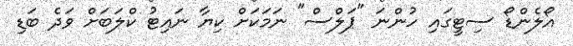
އޯލެންޑޯ ސިޓީގައި ހުންނަ "ޕަލްސް" ނަމަކަށް ކިޔާ ނައިޓު ކްލަބަށް ވަދެ ބަޑި